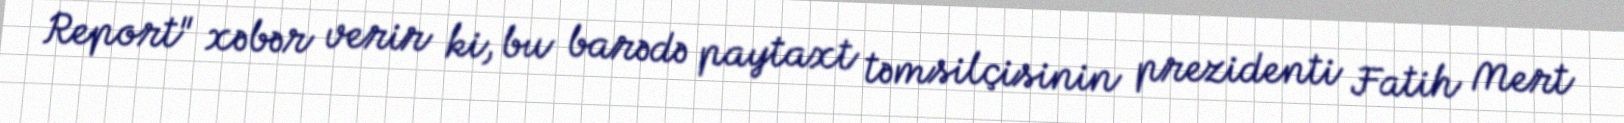
Report" xəbər verir ki, bu barədə paytaxt təmsilçisinin prezidenti Fatih Mert